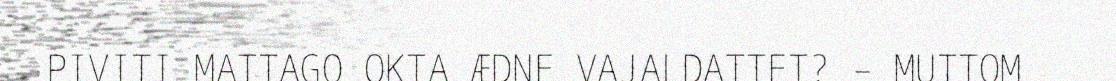
PIVITI MATTAGO OKTA ÆDNE VAJALDATTET? – MUTTOM